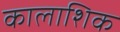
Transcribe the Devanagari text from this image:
कालाशिक